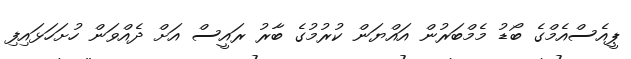
ޕީއެސްއެމްގެ ބޯޑު މެމްބަރުން އައްޔަން ކުރުމުގެ ބާރު ރައީސް އަށް ދެއްވަން ހުށަހަޅައިފި